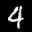
Digit: 4